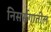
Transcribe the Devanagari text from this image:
निसर्सगातील